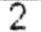
2